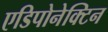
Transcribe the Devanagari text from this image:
एडिपोनेक्टिन